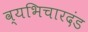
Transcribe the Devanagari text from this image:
व्यभिचारदंड